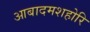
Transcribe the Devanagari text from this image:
आबादमशहोरि